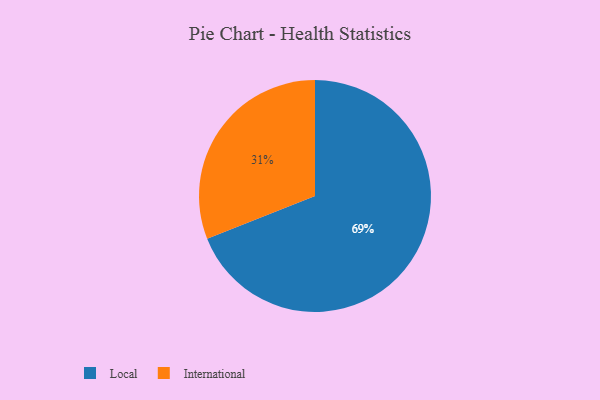
{"axis": {"x": "Category", "y": "Percentage"}, "legend": ["International", "Local"], "data": [{"x": "International", "y": 31, "type": "International"}, {"x": "Local", "y": 69, "type": "Local"}]}